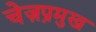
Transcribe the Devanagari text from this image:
चेज़प्रमुख